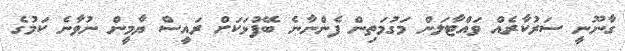
ގާނޫނީ ސަރުކާރެއް ވައްޓާލަން މަގުމަތިން ފެންނާނެ ބޭފުޅަކަށް ރައީސް ޔާމީން ނުވާނެ ކަމުގެ